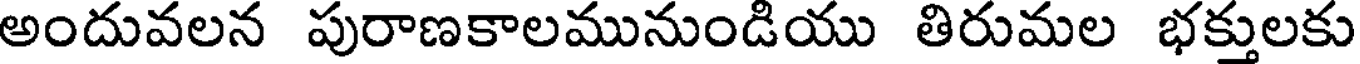
అందువలన పురాణకాలమునుండియు తిరుమల భక్తులకు